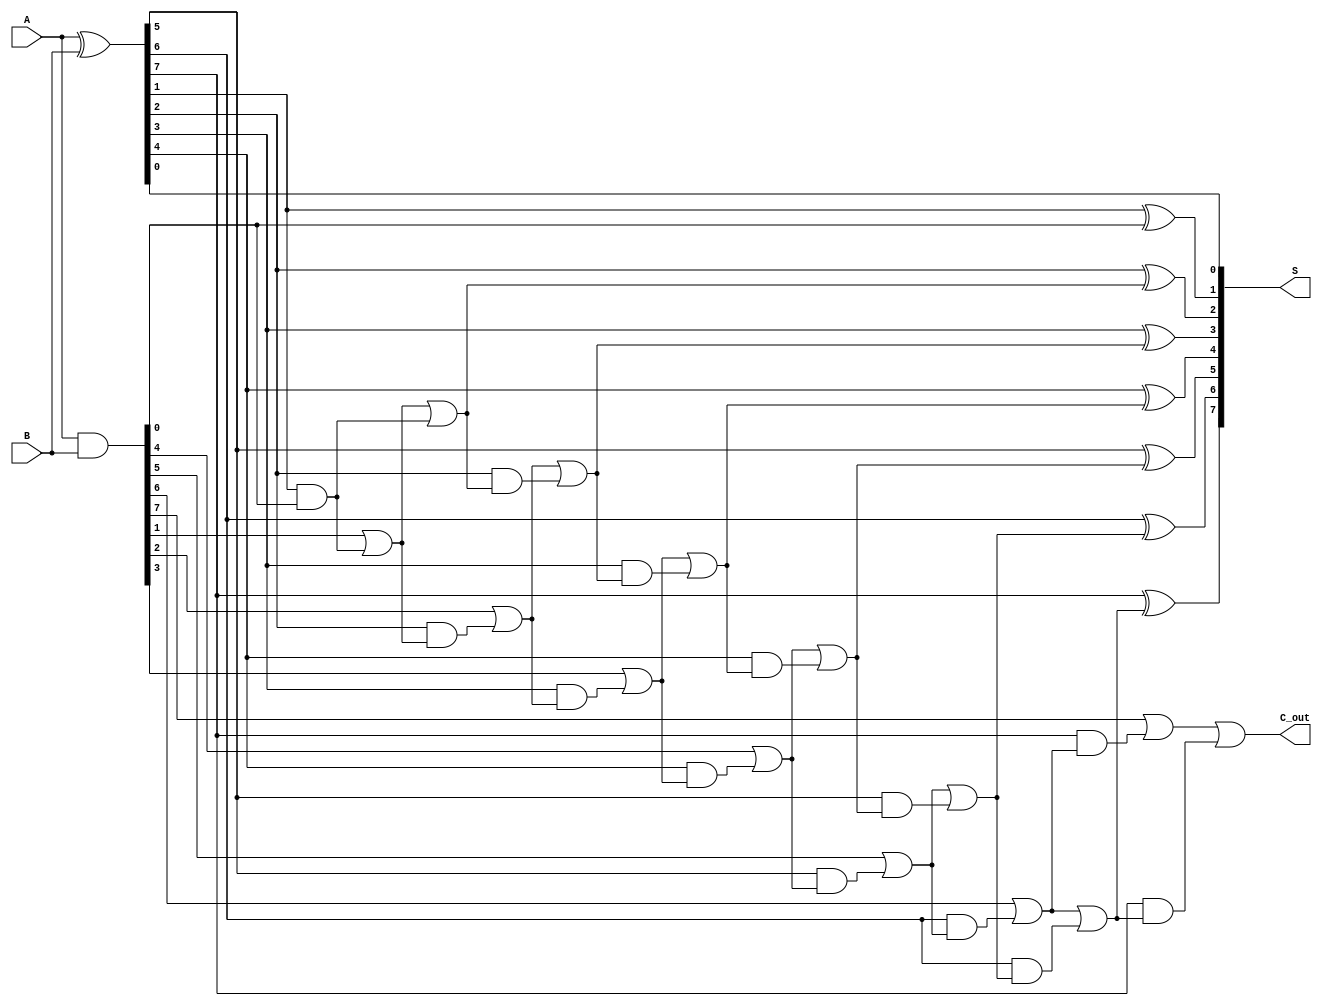
module brent_kung_adder #(parameter N = 8) (
    input  [N-1:0] A,   // First n-bit input
    input  [N-1:0] B,   // Second n-bit input
    output [N-1:0] S,   // n-bit sum output
    output C_out        // Carry out
);
    // Internal signals
    wire [N-1:0] P;     // Propagate signals
    wire [N-1:0] G;     // Generate signals
    wire [N:0] C;       // Carry signals

    // Preprocessing stage: Compute P and G
    assign P = A ^ B;   // Propagate
    assign G = A & B;   // Generate

    // Stage 1: Calculate carries
    assign C[0] = 1'b0; // No carry input
    assign C[1] = G[0];
    genvar i;
    generate
        for (i = 1; i < N; i = i + 1) begin : carry_stage1
            assign C[i + 1] = G[i] | (P[i] & C[i]);
        end
    endgenerate

    // Stage 2 and beyond: Carry generation
    // Note: We are working with a tree structure; for simplicity, let's assume we're doing a 2-stage implementation.

    wire [N:0] C_stage2; // Intermediate carry signals for the next stage
    assign C_stage2[0] = 1'b0; // No carry input
    assign C_stage2[1] = C[1];
    generate
        for (i = 1; i < N; i = i + 1) begin : carry_stage2
            assign C_stage2[i + 1] = C[i + 1] | (P[i] & C_stage2[i]);
        end
    endgenerate

    // Final carry out
    assign C_out = C_stage2[N]; // The final carry out

    // Final sum calculation
    generate
        for (i = 0; i < N; i = i + 1) begin : sum_calculation
            assign S[i] = P[i] ^ C_stage2[i]; // Sum output
        end
    endgenerate

endmodule